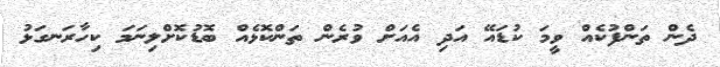
ދެން ތަންފުކެއް ވީމަ ކުޑައޭ އަދި އެއަށް ވުރެން ތަންކޮޅެއް ބޮޑުކޮށްލިނަމަ ކިހާރަނގަޅު